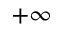
+ \infty